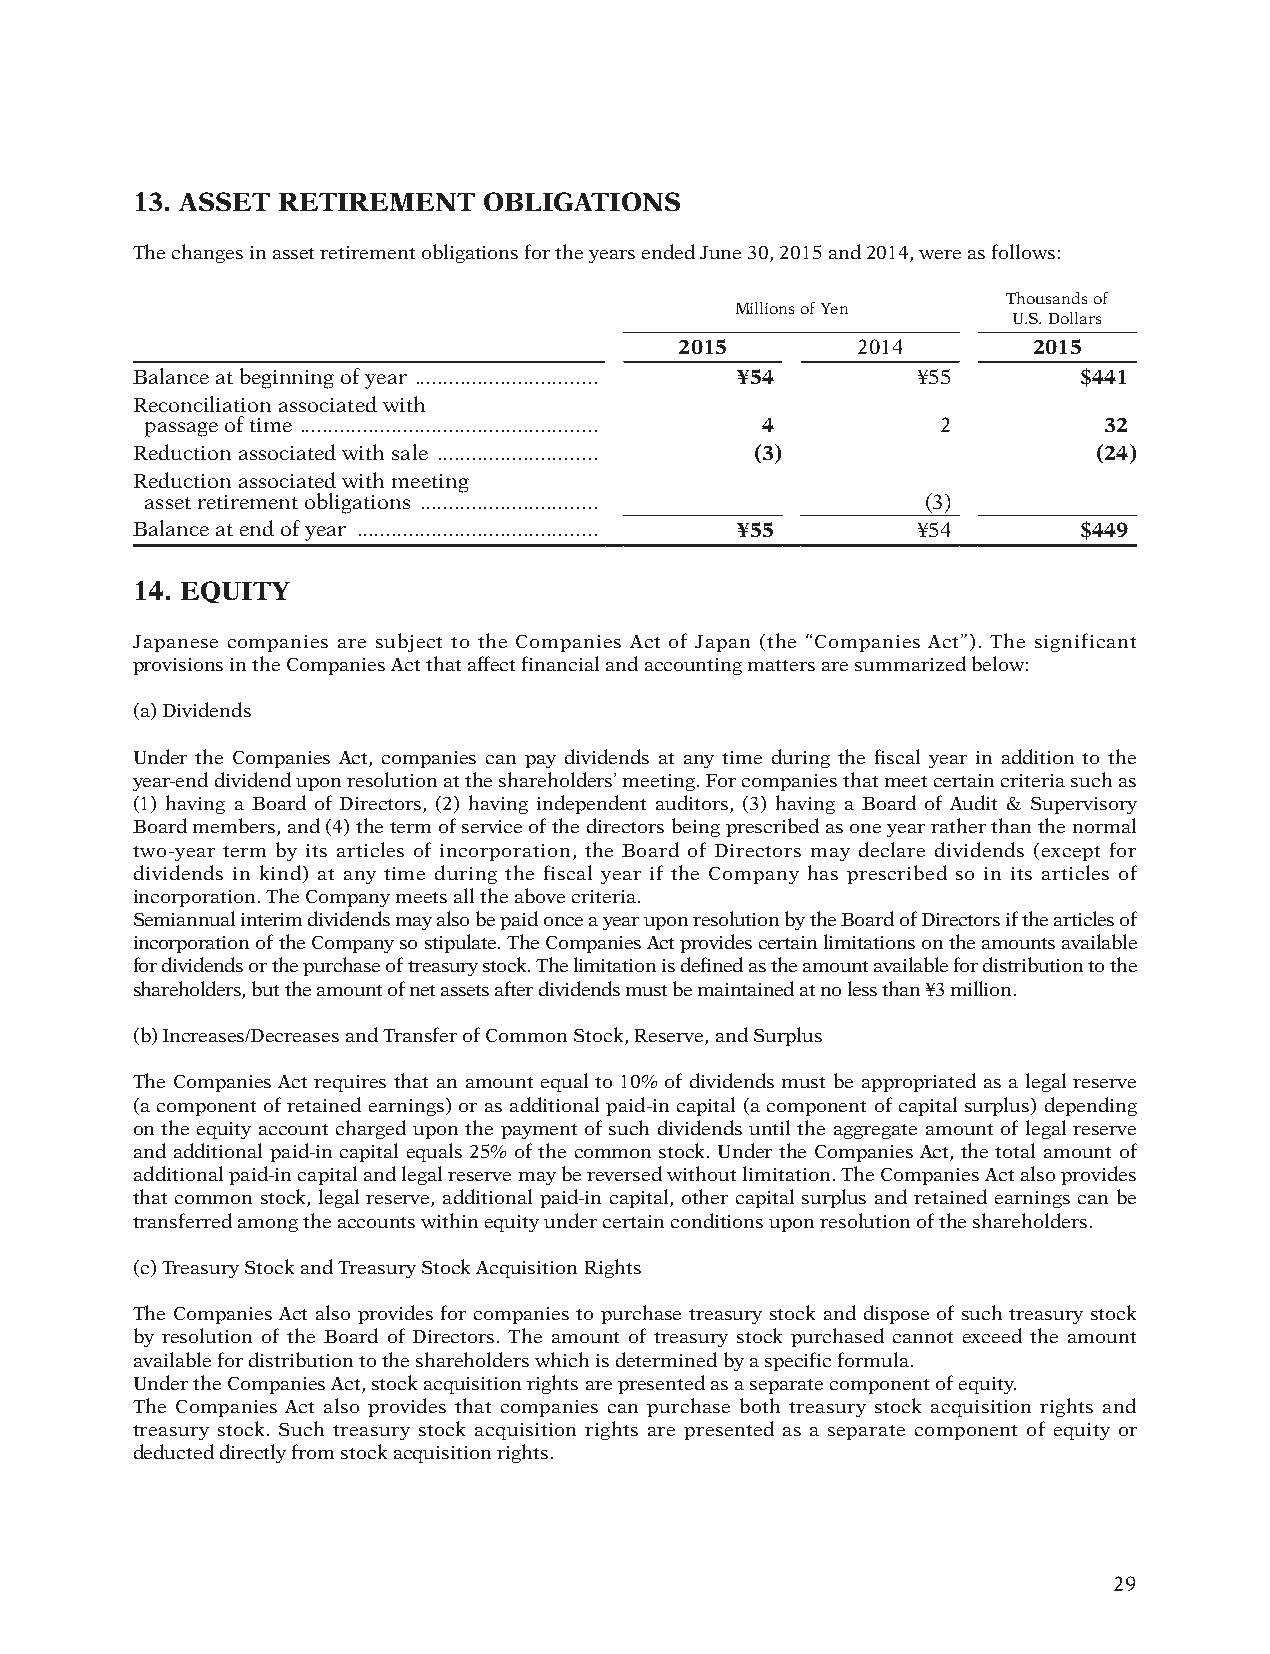
13. ASSET RETIREMENT   OBLIGATIONS
 The changes in asset retirement obligations for the years ended June 30, 2015 and 2014, were as follows:
 Thousands of
 Millions of Yen
 U.S. Dollars
 2015        2014       2015
 Balance at beginning of year ................................ ¥54 ¥55 $441
 Reconciliation associated with
 passage of time .................................................... 4 2 32
 Reduction associated with sale ............................ (3) (24)
 Reduction associated with meeting
 asset retirement obligations ............................... (3)
 Balance at end of year .......................................... ¥55 ¥54 $449
 14. EQUITY
 Japanese companies are subject to the Companies Act of Japan (the “Companies Act”). The significant
 provisions in the Companies Act that affect financial and accounting matters are summarized below:
 (a) Dividends
 Under the Companies Act, companies can pay dividends at any time during the fiscal year in addition to the
 year-end dividend upon resolution at the shareholders’ meeting. For companies that meet certain criteria such as
 (1) having a Board of Directors, (2) having independent auditors, (3) having a Board of Audit & Supervisory
 Board members, and (4) the term of service of the directors being prescribed as one year rather than the normal
 two-year term by its articles of incorporation, the Board of Directors may declare dividends (except for
 dividends in kind) at any time during the fiscal year if the Company has prescribed so in its articles of
 incorporation. The Company meets all the above criteria.
 Semiannual interim dividends may also be paid once a year upon resolution by the Board of Directors if the articles of
 incorporation of the Company so stipulate. The Companies Act provides certain limitations on the amounts available
 for dividends or the purchase of treasury stock. The limitation is defined as the amount available for distribution to the
 shareholders, but the amount of net assets after dividends must be maintained at no less than ¥3 million.
 (b) Increases/Decreases and Transfer of Common Stock, Reserve, and Surplus
 The Companies Act requires that an amount equal to 10% of dividends must be appropriated as a legal reserve
 (a component of retained earnings) or as additional paid-in capital (a component of capital surplus) depending
 on the equity account charged upon the payment of such dividends until the aggregate amount of legal reserve
 and additional paid-in capital equals 25% of the common stock. Under the Companies Act, the total amount of
 additional paid-in capital and legal reserve may be reversed without limitation. The Companies Act also provides
 that common stock, legal reserve, additional paid-in capital, other capital surplus and retained earnings can be
 transferred among the accounts within equity under certain conditions upon resolution of the shareholders.
 (c) Treasury Stock and Treasury Stock Acquisition Rights
 The Companies Act also provides for companies to purchase treasury stock and dispose of such treasury stock
 by resolution of the Board of Directors. The amount of treasury stock purchased cannot exceed the amount
 available for distribution to the shareholders which is determined by a specific formula.
 Under the Companies Act, stock acquisition rights are presented as a separate component of equity.
 The Companies Act also provides that companies can purchase both treasury stock acquisition rights and
 treasury stock. Such treasury stock acquisition rights are presented as a separate component of equity or
 deducted directly from stock acquisition rights.
 29
 012_0612001372710.indd 29                                              2015/11/16 22:22:16